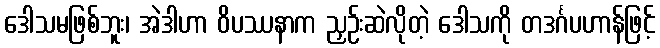
ဒေါသမဖြစ်ဘူး၊ အဲဒါဟာ ဝိပဿနာက ညှဉ်းဆဲလိုတဲ့ ဒေါသကို တဒင်္ဂပဟာန်ဖြင့်